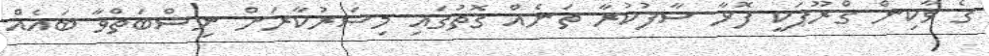
ގެ ވާކިން ގްރޫޕަކީ ފޮޅާ ސާފުކުރާ ތަނެއް ގޮތުގައި މިސަރުކާރަށް ނިސްބަތްވާ ބައެއް